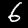
Digit: 6